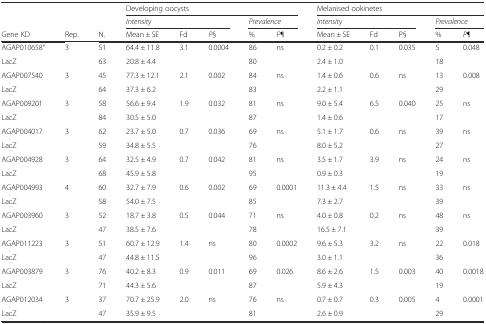
<table><thead><tr><td></td><td></td><td></td><td colspan="5"><b>Developing oocysts</b></td><td colspan="5"><b>Melanised ookinetes</b></td></tr><tr><td></td><td></td><td></td><td colspan="3"><b><i>Intensity</i></b></td><td colspan="2"><b><i>Prevalence</i></b></td><td colspan="3"><b><i>Intensity</i></b></td><td colspan="2"><b><i>Prevalence</i></b></td></tr><tr><td><b>Gene KD</b></td><td><b>Rep.</b></td><td><b>N.</b></td><td><b>Mean ± SE</b></td><td><b>Fd</b></td><td><b><i>P</i>§</b></td><td><b>%</b></td><td><b><i>P</i>¶</b></td><td><b>Mean ± SE</b></td><td><b>Fd</b></td><td><b>P§</b></td><td><b>%</b></td><td><b><i>P</i>¶</b></td></tr></thead><tbody><tr><td>AGAP010658°</td><td rowspan="2">3</td><td>51</td><td>64.4 ± 11.8</td><td>3.1</td><td>0.0004</td><td>86</td><td>ns</td><td>0.2 ± 0.2</td><td>0.1</td><td>0.035</td><td>5</td><td>0.048</td></tr><tr><td>LacZ</td><td>63</td><td>20.8 ± 4.4</td><td></td><td></td><td>80</td><td></td><td>2.4 ± 1.0</td><td></td><td></td><td>18</td><td></td></tr><tr><td>AGAP007540</td><td rowspan="2">3</td><td>45</td><td>77.3 ± 12.1</td><td>2.1</td><td>0.002</td><td>84</td><td>ns</td><td>1.4 ± 0.6</td><td>0.6</td><td>ns</td><td>13</td><td>0.008</td></tr><tr><td>LacZ</td><td>64</td><td>37.3 ± 6.2</td><td></td><td></td><td>83</td><td></td><td>2.2 ± 1.1</td><td></td><td></td><td>29</td><td></td></tr><tr><td>AGAP009201</td><td rowspan="2">3</td><td>58</td><td>56.6 ± 9.4</td><td>1.9</td><td>0.032</td><td>81</td><td>ns</td><td>9.0 ± 5.4</td><td>6.5</td><td>0.040</td><td>25</td><td>ns</td></tr><tr><td>LacZ</td><td>84</td><td>30.5 ± 5.0</td><td></td><td></td><td>87</td><td></td><td>1.4 ± 0.6</td><td></td><td></td><td>17</td><td></td></tr><tr><td>AGAP004017</td><td rowspan="2">3</td><td>62</td><td>23.7 ± 5.0</td><td>0.7</td><td>0.036</td><td>69</td><td>ns</td><td>5.1 ± 1.7</td><td>0.6</td><td>ns</td><td>39</td><td>ns</td></tr><tr><td>LacZ</td><td>59</td><td>34.8 ± 5.5</td><td></td><td></td><td>76</td><td></td><td>8.0 ± 5.2</td><td></td><td></td><td>27</td><td></td></tr><tr><td>AGAP004928</td><td rowspan="2">3</td><td>64</td><td>32.5 ± 4.9</td><td>0.7</td><td>0.042</td><td>81</td><td>ns</td><td>3.5 ± 1.7</td><td>3.9</td><td>ns</td><td>24</td><td>ns</td></tr><tr><td>LacZ</td><td>68</td><td>45.9 ± 5.8</td><td></td><td></td><td>95</td><td></td><td>0.9 ± 0.3</td><td></td><td></td><td>19</td><td></td></tr><tr><td>AGAP004993</td><td rowspan="2">4</td><td>60</td><td>32.7 ± 7.9</td><td>0.6</td><td>0.002</td><td>69</td><td>0.0001</td><td>11.3 ± 4.4</td><td>1.5</td><td>ns</td><td>33</td><td>ns</td></tr><tr><td>LacZ</td><td>58</td><td>54.0 ± 7.5</td><td></td><td></td><td>85</td><td></td><td>7.3 ± 2.7</td><td></td><td></td><td>39</td><td></td></tr><tr><td>AGAP003960</td><td rowspan="2">3</td><td>52</td><td>18.7 ± 3.8</td><td>0.5</td><td>0.044</td><td>71</td><td>ns</td><td>4.0 ± 0.8</td><td>0.2</td><td>ns</td><td>48</td><td>ns</td></tr><tr><td>LacZ</td><td>47</td><td>38.5 ± 7.6</td><td></td><td></td><td>78</td><td></td><td>16.5 ± 7.1</td><td></td><td></td><td>39</td><td></td></tr><tr><td>AGAP011223</td><td rowspan="2">3</td><td>51</td><td>60.7 ± 12.9</td><td>1.4</td><td>ns</td><td>80</td><td>0.0002</td><td>9.6 ± 5.3</td><td>3.2</td><td>ns</td><td>22</td><td>0.018</td></tr><tr><td>LacZ</td><td>47</td><td>44.8 ± 11.5</td><td></td><td></td><td>96</td><td></td><td>3.0 ± 1.1</td><td></td><td></td><td>36</td><td></td></tr><tr><td>AGAP003879</td><td rowspan="2">3</td><td>76</td><td>40.2 ± 8.3</td><td>0.9</td><td>0.011</td><td>69</td><td>0.026</td><td>8.6 ± 2.6</td><td>1.5</td><td>0.003</td><td>40</td><td>0.0018</td></tr><tr><td>LacZ</td><td>71</td><td>44.3 ± 5.6</td><td></td><td></td><td>87</td><td></td><td>5.9 ± 4.3</td><td></td><td></td><td>19</td><td></td></tr><tr><td>AGAP012034</td><td rowspan="2">3</td><td>37</td><td>70.7 ± 25.9</td><td>2.0</td><td>ns</td><td>76</td><td>ns</td><td>0.7 ± 0.7</td><td>0.3</td><td>0.005</td><td>4</td><td>0.0001</td></tr><tr><td>LacZ</td><td>47</td><td>35.9 ± 9.5</td><td></td><td></td><td>81</td><td></td><td>2.6 ± 0.9</td><td></td><td></td><td>29</td><td></td></tr></tbody></table>